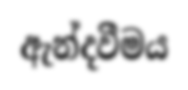
ඇන්දවීමය